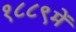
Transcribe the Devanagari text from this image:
१८८९में